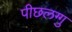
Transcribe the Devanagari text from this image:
पीछलग्गु